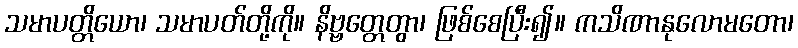
သမာပတ္တိယော၊ သမာပတ်တို့ကို။ နိဗ္ဗတ္တေတွာ၊ ဖြစ်စေပြီး၍။ ကသိဏာနုလောမတော၊